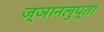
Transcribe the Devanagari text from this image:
ज्ञानलुप्ता